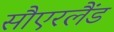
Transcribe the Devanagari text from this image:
सौएरलैंड